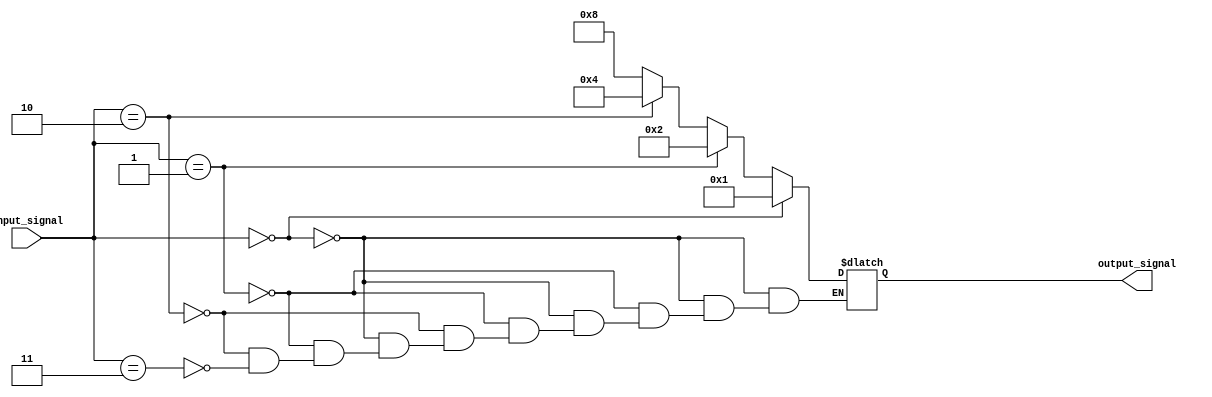
module decoder_2to4 (
    input [1:0] input_signal,
    output reg [3:0] output_signal
);

always @* begin
    if (input_signal == 2'b00) begin
        output_signal = 4'b0001;
    end else if (input_signal == 2'b01) begin
        output_signal = 4'b0010;
    end else if (input_signal == 2'b10) begin
        output_signal = 4'b0100;
    end else if (input_signal == 2'b11) begin
        output_signal = 4'b1000;
    end
end

endmodule